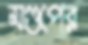
মণ্ডপের